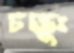
চক্ষুঃ